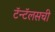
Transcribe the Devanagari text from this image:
टॅन्टॅलसची